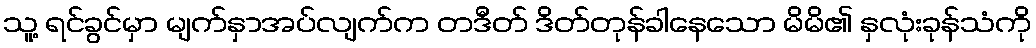
သူ့ ရင်ခွင်မှာ မျက်နှာအပ်လျက်က တဒီတ် ဒိတ်တုန်ခါနေသော မိမိ၏ နှလုံးခုန်သံကို